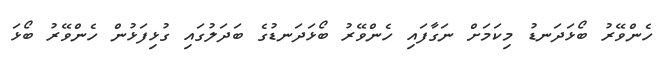
ހެންވޭރު ބޯޅަދަނޑު މިކަމަށް ނަގާފައި ހެންވޭރު ބޯޅަދަނޑުގެ ބަދަލުގައި ގުޅިފަޅުން ހެންވޭރު ބޯޅަ